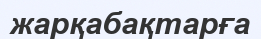
жарқабақтарға